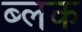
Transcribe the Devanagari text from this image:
ब्लक